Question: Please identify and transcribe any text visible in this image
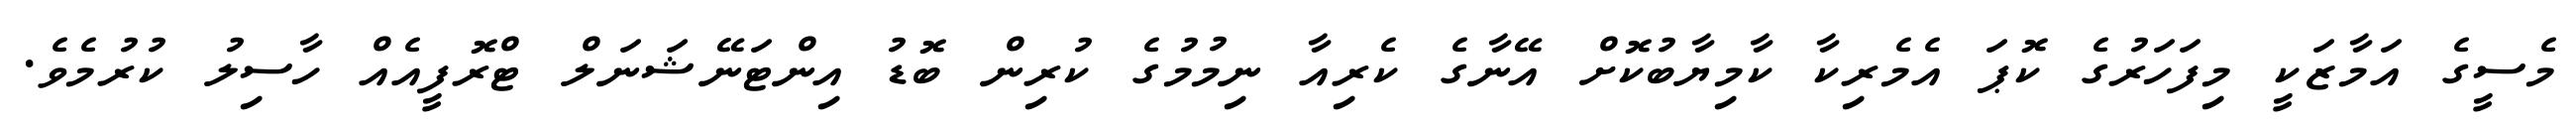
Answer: މެސީގެ އަމާޒަކީ މިފަހަރުގެ ކޮޕަ އެމެރިކާ ކާމިޔާބުކޮށް އޭނާގެ ކެރިއާ ނިމުމުގެ ކުރިން ބޮޑު އިންޓަނޭޝަނަލް ޓްރޮފީއެއް ހާސިލު ކުރުމެވެ.